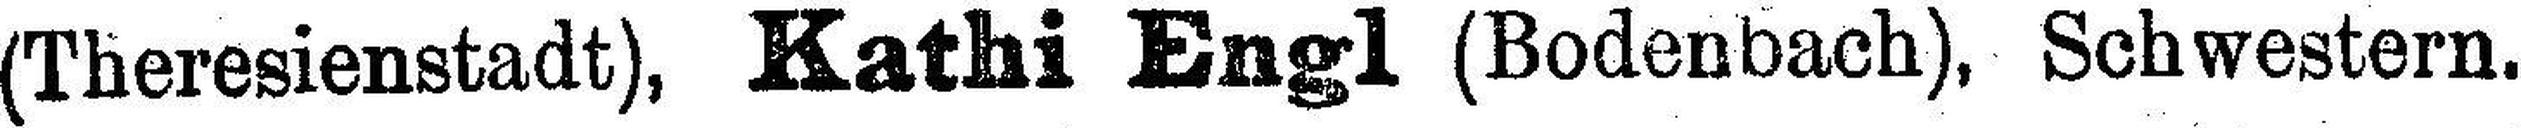
(Theresienstadt), Kathi Engl (Bodenbach), Schwestern.